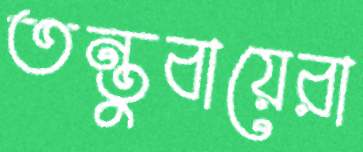
তন্তুবায়েরা